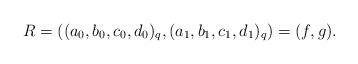
LaTeX: \begin{align*}R = ((a_0,b_0,c_0,d_0)_q,(a_1,b_1,c_1,d_1)_q) = (f,g).\end{align*}